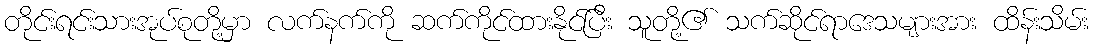
တိုင်းရင်းသားအုပ်စုတို့မှာ လက်နက်ကို ဆက်ကိုင်ထားနိုင်ပြီး သူတို့၏ သက်ဆိုင်ရာဒေသများအား ထိန်းသိမ်း